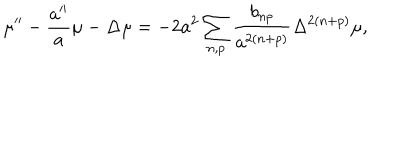
\mu ^ { \prime \prime } - \frac { a ^ { \prime \prime } } { a } \mu - \Delta \mu = - 2 a ^ { 2 } \sum _ { n , p } \frac { b _ { n p } } { a ^ { 2 ( n + p ) } } \Delta ^ { 2 ( n + p ) } \mu ,